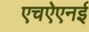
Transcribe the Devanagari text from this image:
एचऐएनई